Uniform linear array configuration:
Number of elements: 24
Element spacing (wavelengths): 0.75
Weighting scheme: blackman
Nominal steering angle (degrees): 60
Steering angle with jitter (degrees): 58.9
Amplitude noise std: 0.05
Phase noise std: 0.05

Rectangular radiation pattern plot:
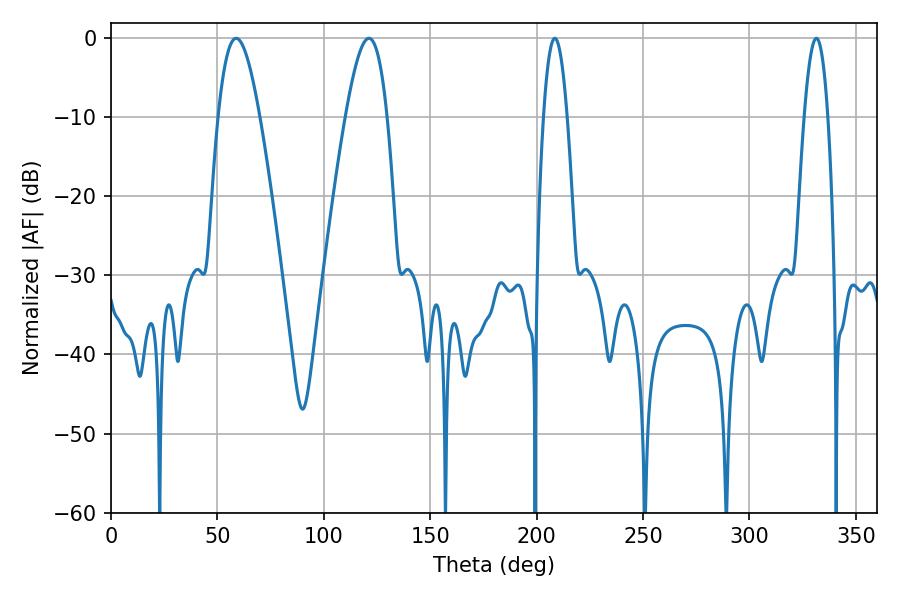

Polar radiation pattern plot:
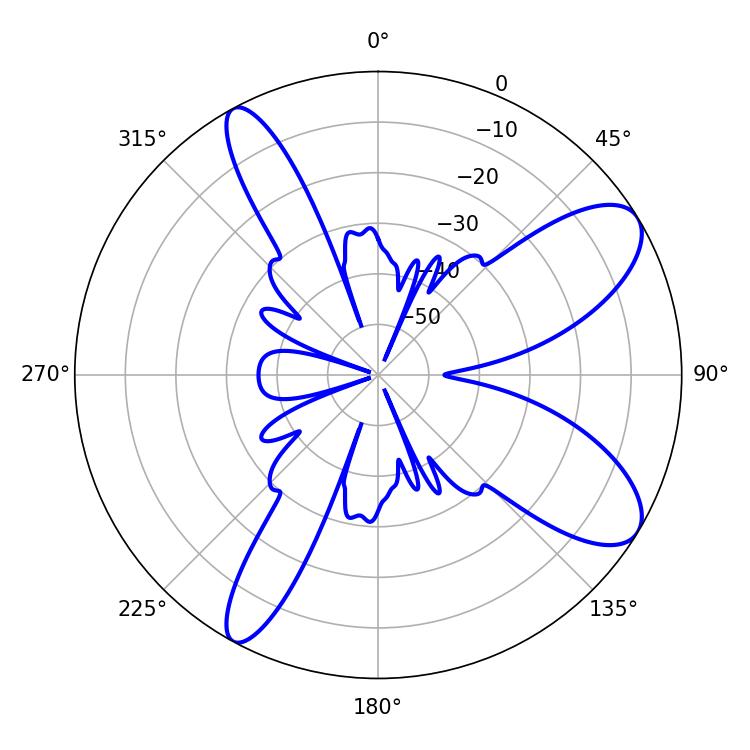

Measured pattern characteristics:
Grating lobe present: TRUE
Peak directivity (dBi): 9.313
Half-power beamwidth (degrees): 10.44
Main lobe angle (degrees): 121.14